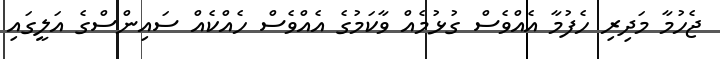
ޖެހުމާ މަދިރި ހެފުމާ އެއްވެސް ގުޅުމެއް ވާކަމުގެ އެއްވެސް ހެއްކެއް ސައިންސްގެ އަލީގައި